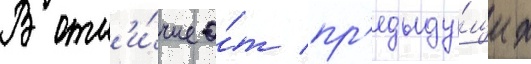
В отл'и́чие о́т пр'едыду́щих